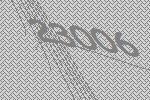
23006